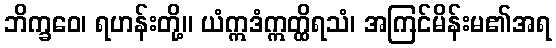
ဘိက္ခဝေ၊ ရဟန်းတို့။ ယံဣဒံဣတ္ထိရသံ၊ အကြင်မိန်းမ၏အရ